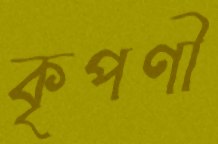
কৃপণী